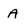
Character: a